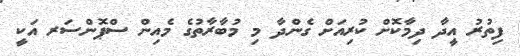
ފިތުރު އީދާ ދިމާކޮށް ކުރިއަށް ގެންދާ މި މުބާރާތުގެ މެއިން ސްޕޮންސަރ އަކީ